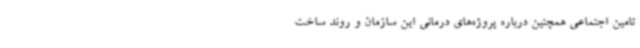
تامین اجتماعی همچنین درباره پروژه‌های درمانی این سازمان و روند ساخت